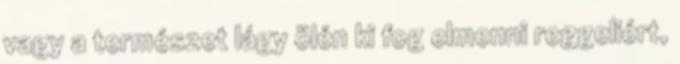
vagy a természet lágy ölén ki fog elmenni reggeliért,